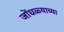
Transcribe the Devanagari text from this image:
जोंधळ्याच्या